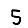
Digit: 5